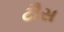
ટૌસ